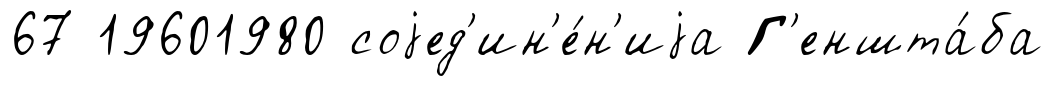
67 19601980 соjед'ин'е́н'иjа Г'еншта́ба